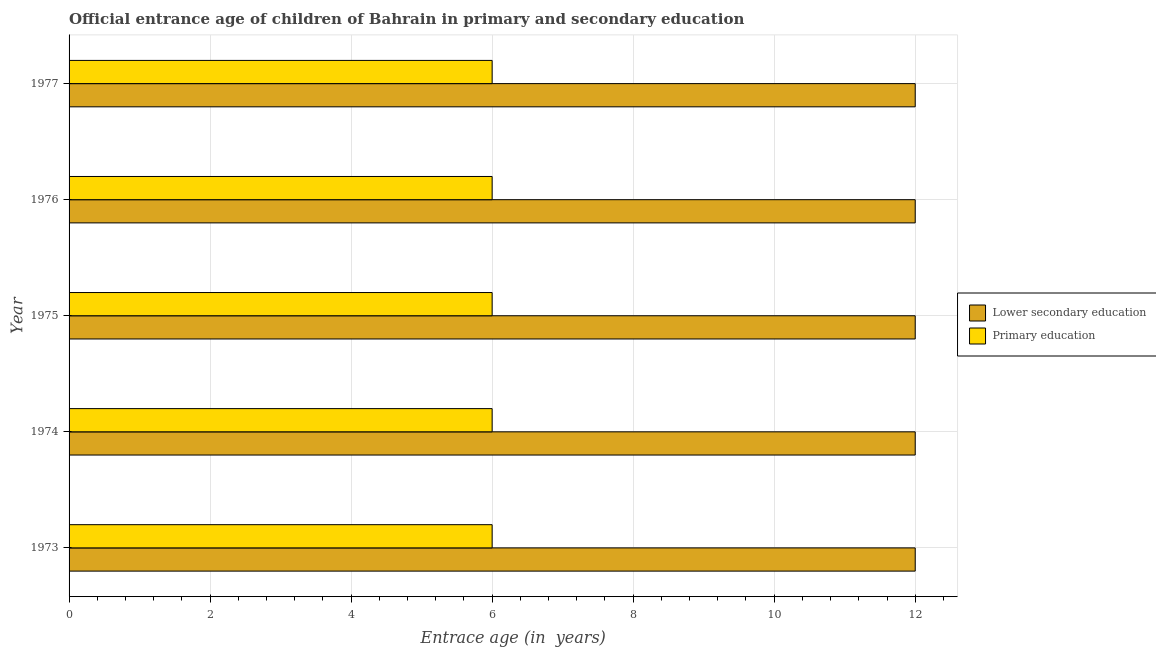
| Year | Lower secondary education | Primary education |
 | --- | --- | --- |
 | 1973 | 12 | 6 |
 | 1974 | 12 | 6 |
 | 1975 | 12 | 6 |
 | 1976 | 12 | 6 |
 | 1977 | 12 | 6 |